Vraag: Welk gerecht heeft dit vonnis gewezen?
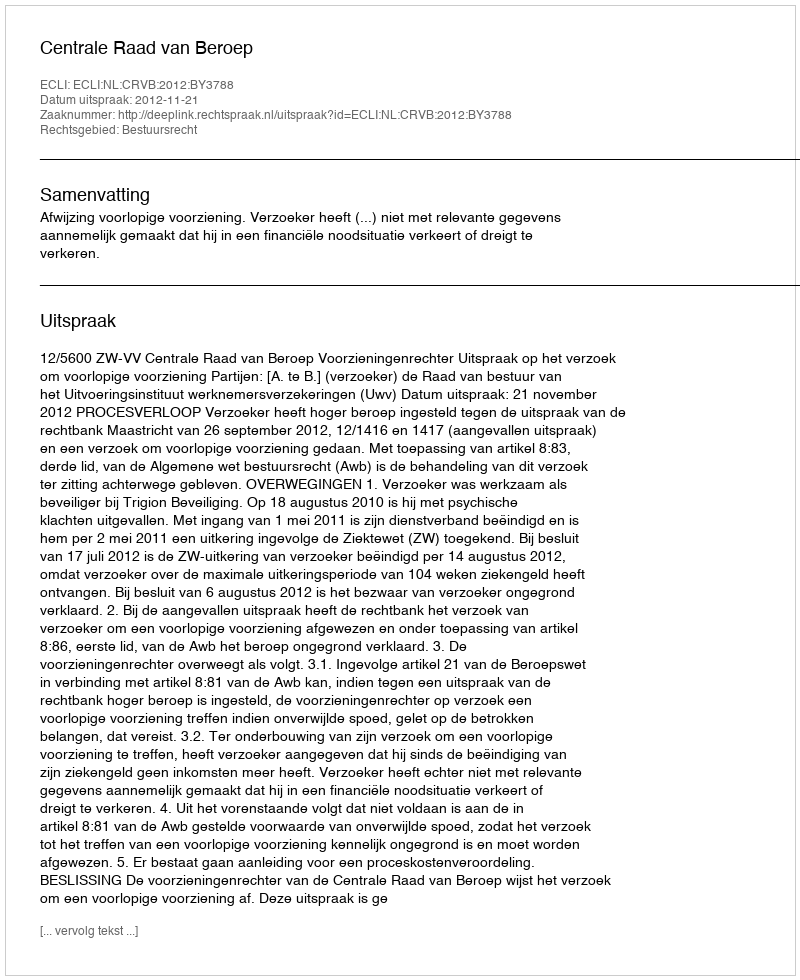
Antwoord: Centrale Raad van Beroep